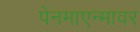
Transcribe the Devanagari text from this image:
पेनमाएन्मावर